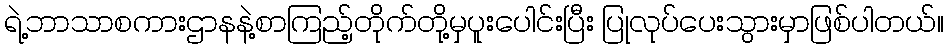
ရဲ့ဘာသာစကားဌာနနဲ့စာကြည့်တိုက်တို့မှပူးပေါင်းပြီး ပြုလုပ်ပေးသွားမှာဖြစ်ပါတယ်။